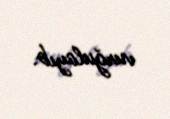
vurğulayıb.